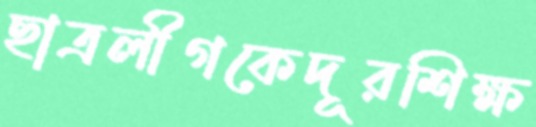
ছাত্রলীগকেদূরশিক্ষ